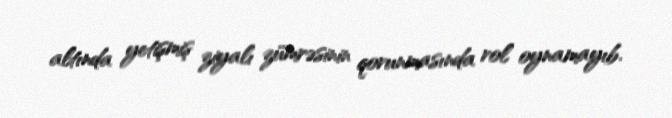
altında yetişmiş ziyalı zümrəsinin qorunmasında rol oynamayıb.